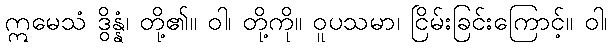
ဣမေသံ ဒွိန္နံ၊ တို့၏။ ဝါ၊ တို့ကို။ ဝူပသမာ၊ ငြိမ်းခြင်းကြောင့်။ ဝါ၊